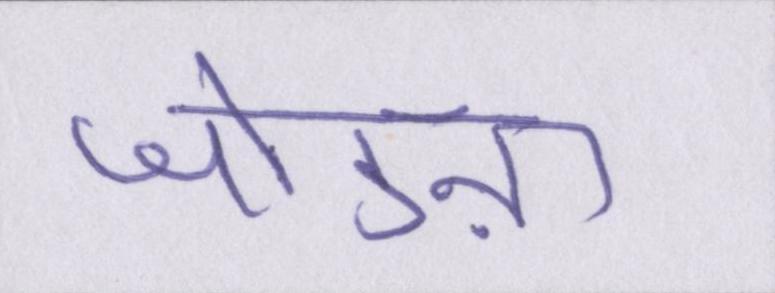
जोडऩा